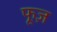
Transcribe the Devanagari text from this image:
फूज़